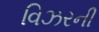
વિઝરની